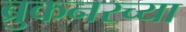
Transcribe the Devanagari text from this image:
ब्रुकनरच्या